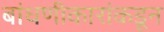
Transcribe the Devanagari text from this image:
बांधणीकारांकडून